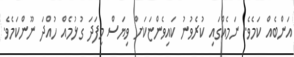
އަންބެއް ކަމެވެ. ނަމެއްގައި ކުރެވުނު ކައިވެންޏަކަށް ވިޔަސް މިފަދަ ގުޅުމެއް ހުއްދަ ނޫންކަމެވެ.